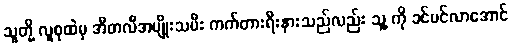
သူတို့ လူစုထဲမှ အီတလီအမျိုးသမီး ကက်တားရီးနားသည်လည်း သူ့ ကို ခင်မင်လာအောင်